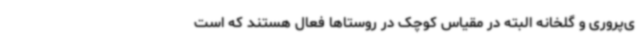
ی‌پروری و گلخانه البته در مقیاس کوچک در روستاها فعال هستند که است